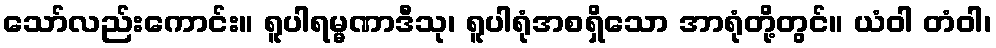
သော်လည်းကောင်း။ ရူပါရမ္မဏာဒီသု၊ ရူပါရုံအစရှိသော အာရုံတို့တွင်။ ယံဝါ တံဝါ၊